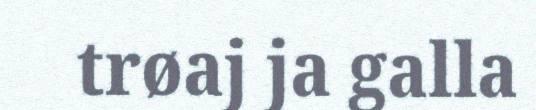
trøaj ja galla